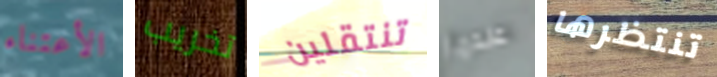
الأعتناء تخريب تنتقلين عندما تنتظرها